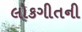
લોકગીતની